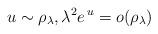
LaTeX: \begin{align*}u\sim \rho_\lambda, \lambda^2 e^{\,u}=o(\rho_\lambda)\end{align*}